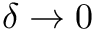
\delta \to 0